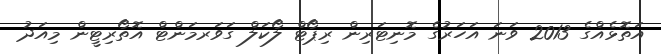
އަތޮޅެއްގެ 2013 ވަނަ އަހަރުގެ މޮނިޓަރިން ރިޕޯޓް ލޯކަލް ގަވަރމަންޓް އޮތޯރިޓީން މިއަދު